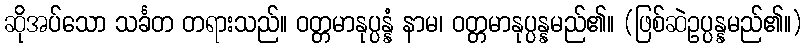
ဆိုအပ်သော သင်္ခတ တရားသည်။ ဝတ္တမာနုပ္ပန္နံ နာမ၊ ဝတ္တမာနုပ္ပန္နမည်၏။ (ဖြစ်ဆဲဥပ္ပန္နမည်၏။)